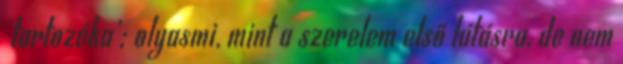
'tartozéka'; olyasmi, mint a szerelem első látásra, de nem